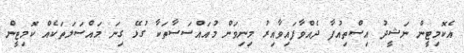
އެކޮމިޓީން ނަޝީދު އިސްތިއުފާ ދެއްވާފައިވާއިރު މިނިވަން މުއައްސަސާތަކާ ގުޅޭ ގިނަ މައްސަލަތަކެއް ކޮމިޓީން